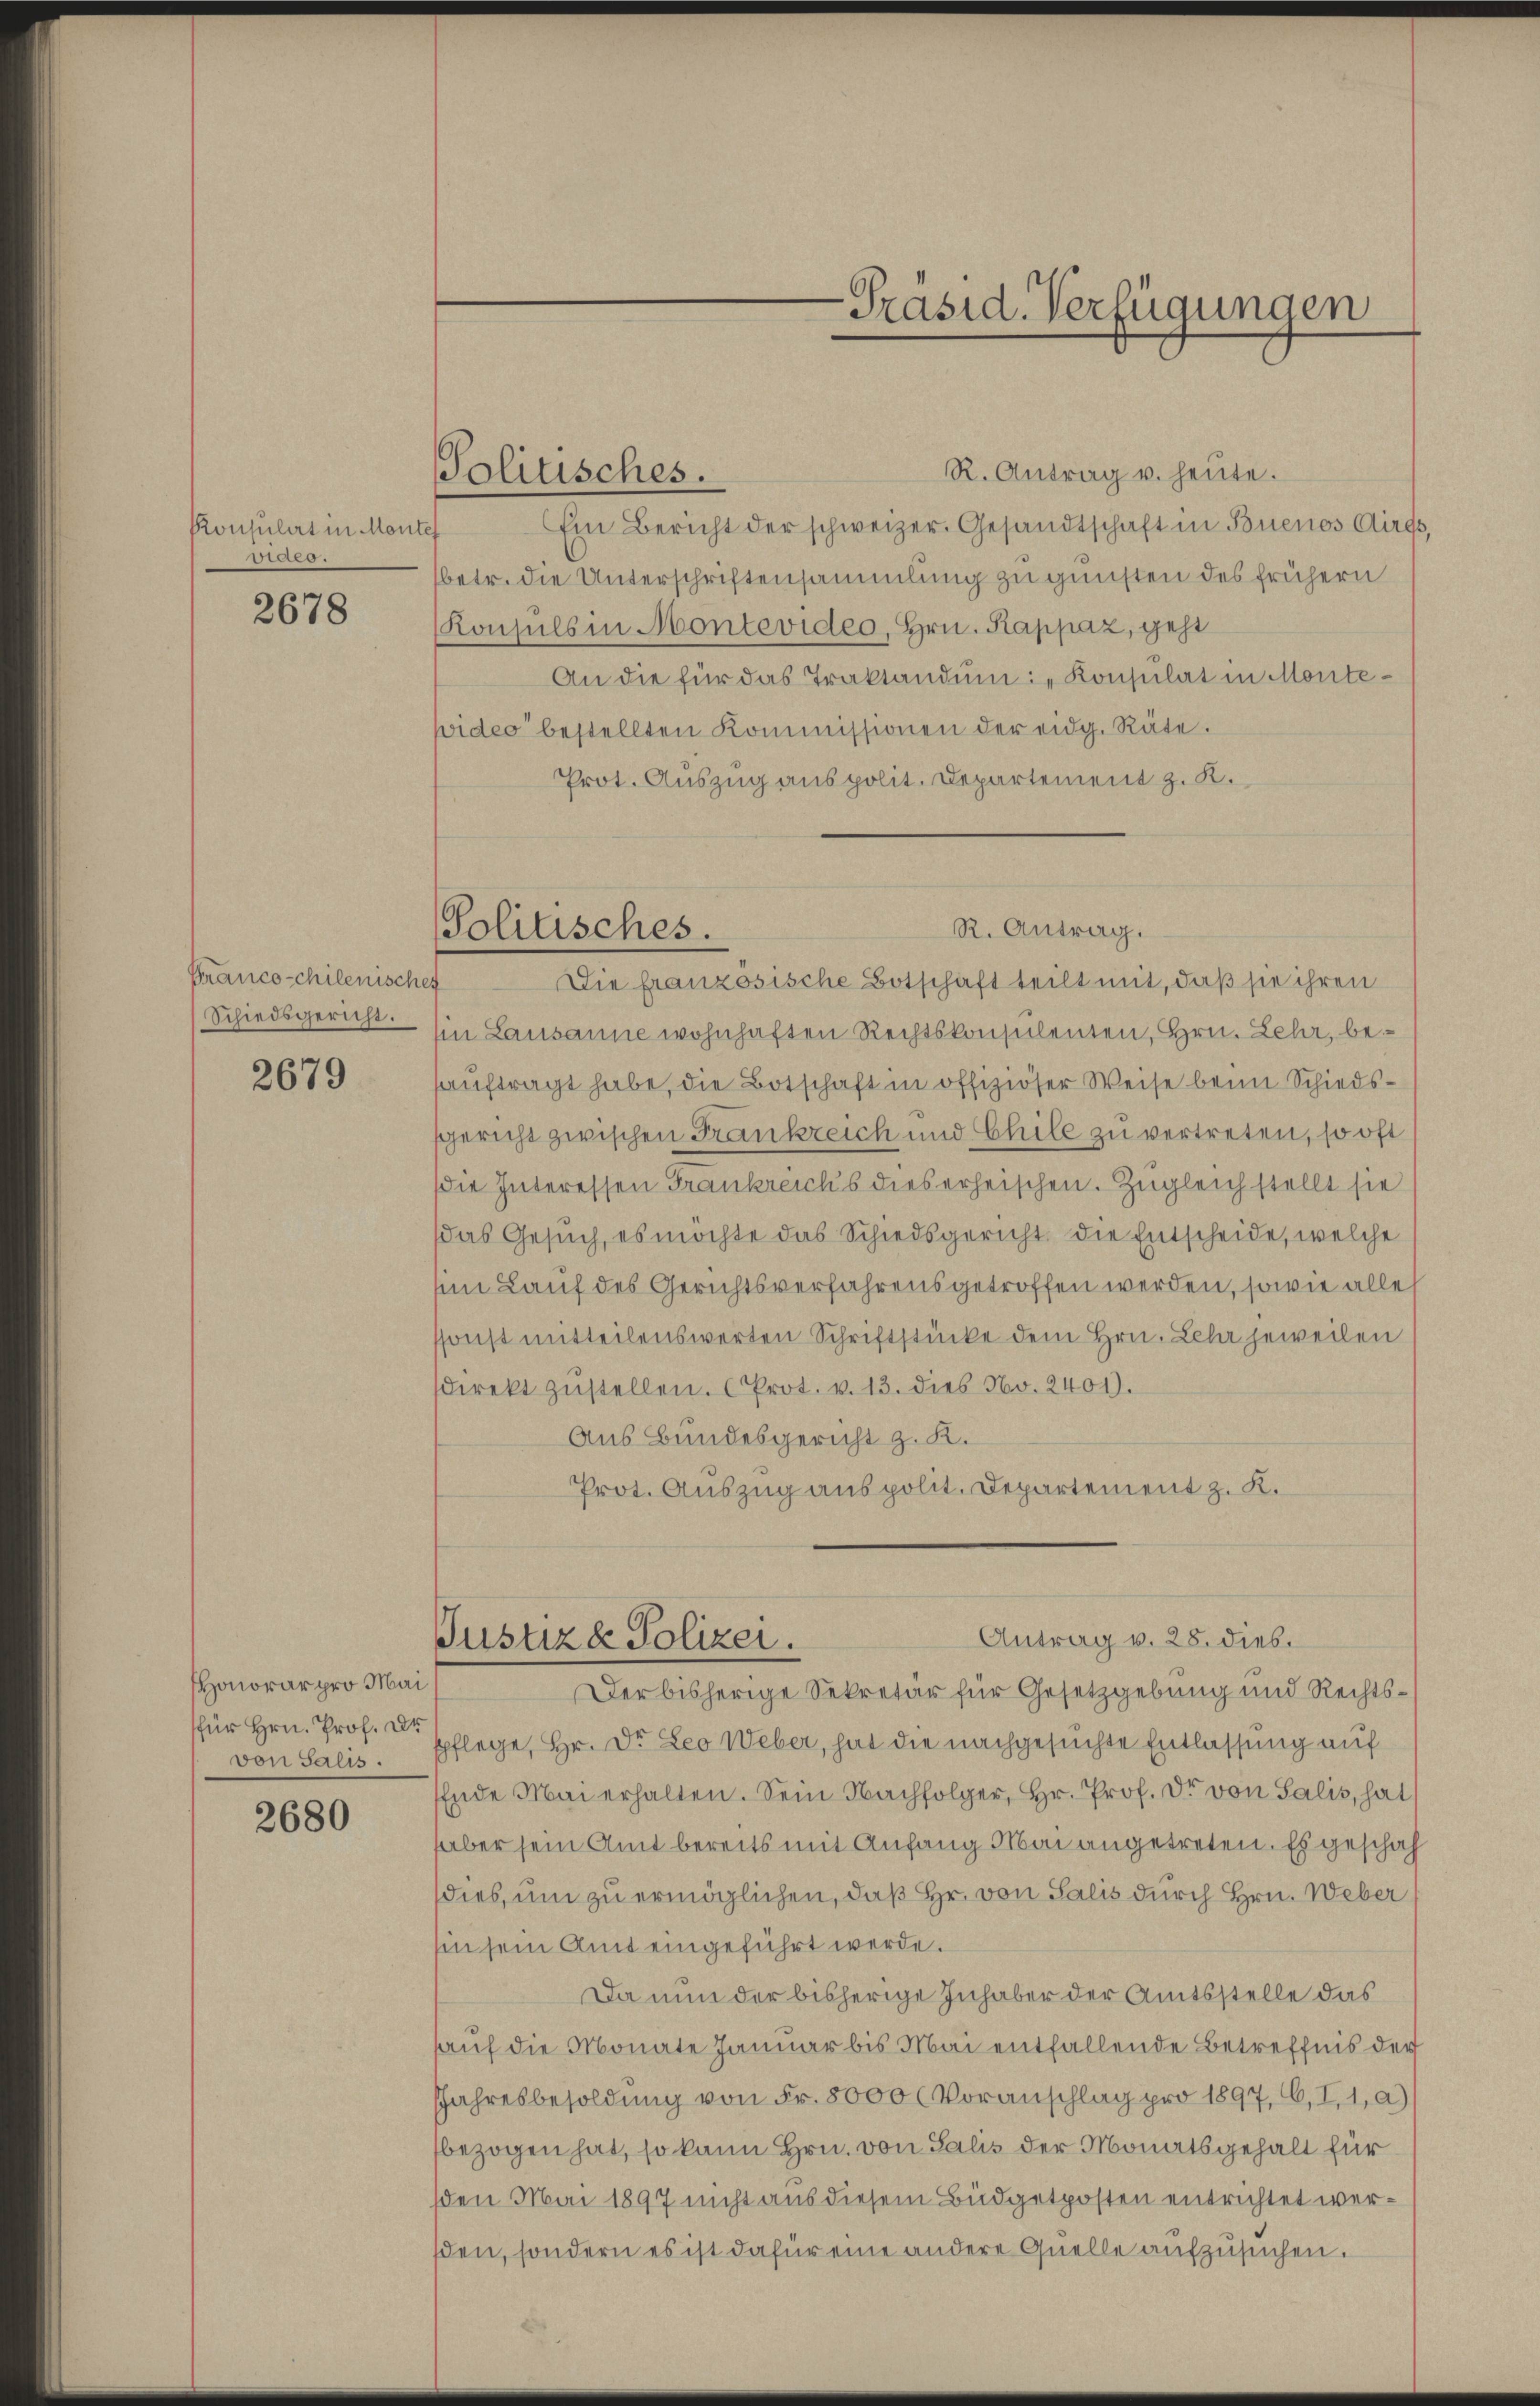
Konsulirt in Monte
Sarg.

2678

Franco-chilenischef
Schiedsgericht.

2679

Honorar pro Mai
von selis.

2680

Politisches.

R. Antrag u. heute.
Ein Bericht der schweizer. Gesandtschaft in Buenos Aires,
betr. die Unterschriftensammlung zu gunsten des frühern
Konsuls in Montevideo, Hrn. Rappaz, geht
An die für das Traktandum: „Konsulat in Montewider bestellten Kommissionen der eidg. Räte.
Prot. Auszug aus polit. Departement z. K.

R. Antrag.
Politisches.

-Präsid. Verfügungen

Die französische Botschaft teilt mit, daß sie ihren
Ein Lausanne wohnhaften Rechtskonsulenten, Hrn. Lehr, beaŭftragt habe, die Botschaft in offiziöser Weise beim Schiedssgericht zwischen Frankreich und Chile zu vertreten, so oft
die Interessen Frankreichs dieserheischen. Zugleich stellt sie
das Gesuch, es möchte das Schiedsgericht die Entscheide, welche
im Lauf des Gerichtsverfahrens getroffen werden, sowie alle
ssonst mitteilenswerten Schriftstücke dem Hrn. Lehr jeweilen
sdirekt zustellen. Prot. v. 13. dies No. 2401).
Aus Bundesgericht z. K.
Prot. Auszug aus polit. Departement z. K.

Antrag v. 28. dies.
Justiza Polizei.

Der bisherige Sekretär für Gesetzgebung und Rechtsfür Hrn. Prof. Pflege, Hr. Dr. Leo Weber, hat die nachgesuchte Entlassung auf
Ende Mai erhalten. Sein Nachfolger, Hr. Prof. Dr. von Salis, hat
aber sein Amt bereits mit Anfang Mai angetreten. Es geschah
dies, um zu ermöglichen, daß Hr. von Salis durch Hrn. Weber
sin sein Amt eingeführt werde.
Da nun der bisherige Inhaber der Amtsstelle das
hauf die Monate Januar bis Mai entfallende Betreffnis der
Jahresbesoldung von Fr. 8000 (Voranschlag pro 1897, 6, I, 1, a)
bezogen hat, so kann Hrn. von Salis der Monatsgehalt für
sden Mai 1897 nicht aus diesem Büdgetposten entrichtet wersden, sondern es ist dafür eine andere Quelle aufzusuchen.